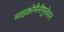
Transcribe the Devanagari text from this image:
माइक्रोमैनीपुलेशन